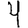
Digit: 4